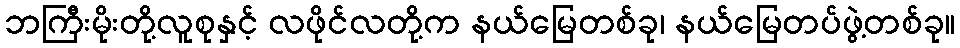
ဘကြီးမိုးတို့လူစုနှင့် လဖိုင်လတို့က နယ်မြေတစ်ခု၊ နယ်မြေတပ်ဖွဲ့တစ်ခု။